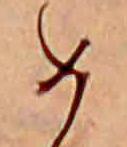
め